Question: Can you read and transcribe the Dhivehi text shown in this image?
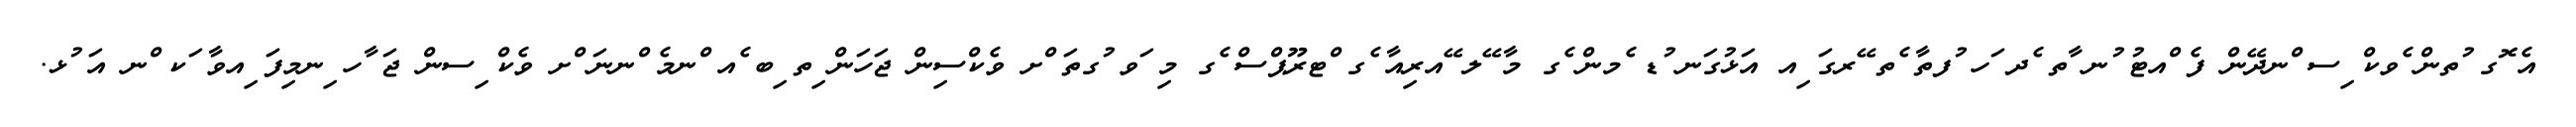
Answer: އެ ޮގ ުތން ެވކް ިސ ްނދޭން ފެ ްއޓު ުނ ާތ ެދ ަހ ުފތާ ެތ ޭރގަ ިއ އަޅުގަނ ުޑ ެމން ެގ މާ ޭލ ޭއރިއާ ެގ ްޓރޫޕްސް ެގ މި ަވ ުގތަ ްށ ވެކްސިން ޖަހަން ިތ ިބ ެއ ްނމެ ްނނަ ްށ ވެކް ިސން ޖަ ާހ ިނމިފަ ިއވާ ަކ ްނ އަ ުޅ.